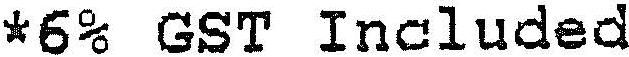
*6% GST INCLUDED